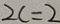
2 c = 2